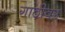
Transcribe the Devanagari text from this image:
गाठीवर